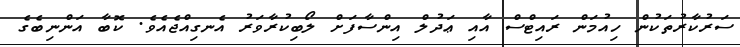
ސަރުކާރުތަކުން ހިއުމަން ރައިޓްސް އާއި ޢަދުލް އިންސާފަށް ލޯބިކުރާވަރު އެނގިއްޖެއެވެ. ކޮބާ އަންނިބެގެ